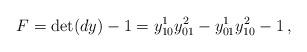
LaTeX: \begin{align*} F= \det(dy)-1=y^1_{10}y^2_{01}-y^1_{01}y^2_{10}-1\,, \end{align*}